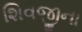
શિવજીના